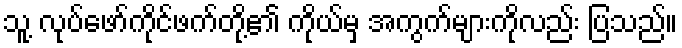
သူ့ လုပ်ဖော်ကိုင်ဖက်တို့၏ ကိုယ်မှ အကွက်များကိုလည်း ပြသည်။